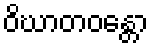
ဝိဃာတဝန္တော